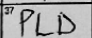
Transcription: PLD